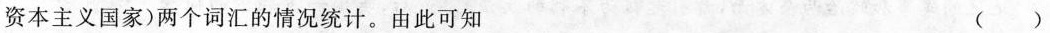
资本主义国家）两个词汇的情况统计。由此可知 （ ）